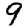
Digit: 9